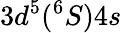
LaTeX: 3d^{5}(^{6}S)4s